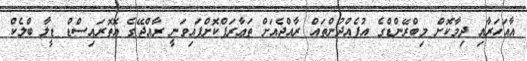
އާއަހަރާއި ދިމާކޮށް މިބްރޭންޑްގެ އުފެއްދުންތައް ރާއްޖެއަށް ތަޢާރަފްކޮށްފައިވަނީ ރާއްޖޭގެ އޮތޮރައިސްޑް ޑީލާ ބްލެކް